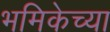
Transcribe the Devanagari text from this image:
भमिकेच्या